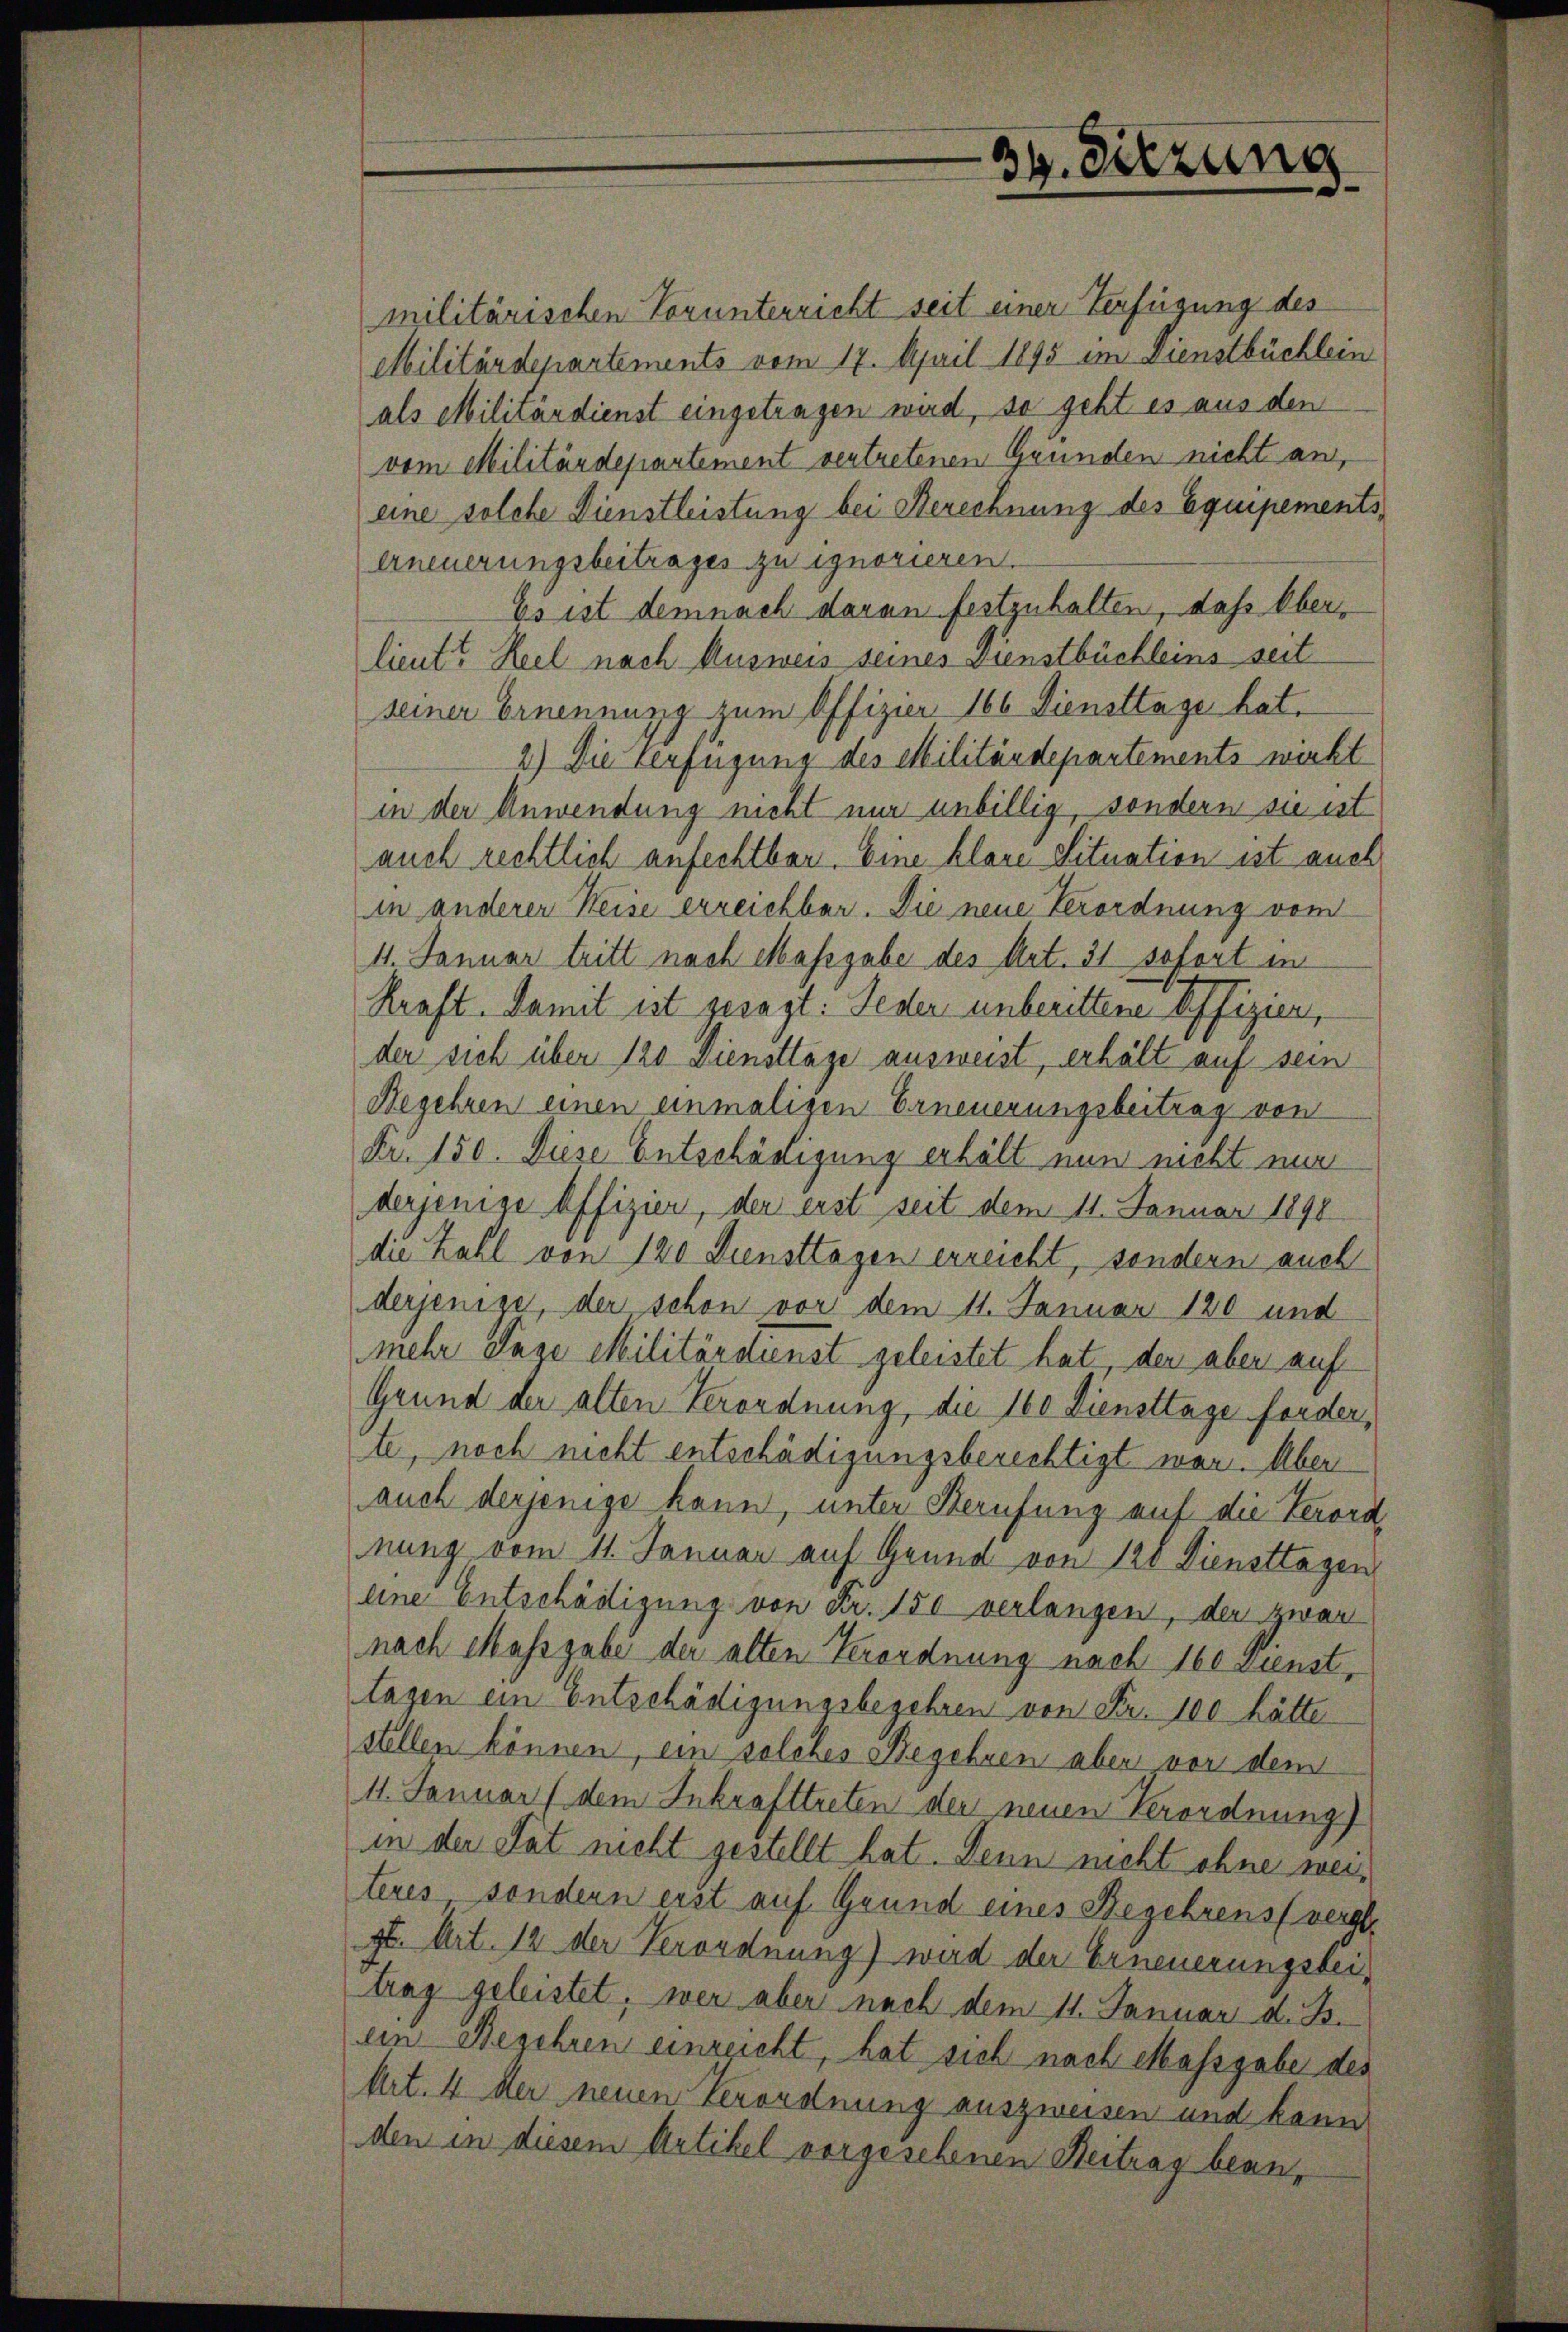
39. Sitzung

militärischen Vorunterricht seit einer Verfügung des
Militärdepartements vom 17. April 1895 im Dienstbüchlein
als Militärdienst eingetragen wird, so geht es aus den
vom Militärdepartement vertretenen Grunden nicht an,
eine solche Dienstleistung bei Berechnung des Equipements¬
Erneuerungsbeitrages zu ignorieren.
Es ist demnach daran festzuhalten, daß Oberlieut. Keel nach Ausweis seines Dienstbüchleins seit
seiner Ernennung zum Offizier 166 Diensttage hat.
2.) Die Verfügung des Militärdepartements wirkt
in der Anwendung nicht nur unbillig, sondern sie ist
auch rechtlich anfechtbar. Eine klare Situation ist auch
in anderer Heise erreichbar. Die neue Verordnung vom
4. Januar tritt nach Massgabe des Art. 31. sofort in
Kraft. Damit ist gesagt: Jeder unberittenen eigen,
der sich über 120 Dienstlage ausweist, erhält auf sein
Begehren einen einmaligen Erneuerungsbeitrag von
Fr. 150. Diese Entschädigung erhält nun nicht nur
derjenige Offizier, der erst seit dem 11. Januar 1890
die Zahl von 120 Diensttagen erreicht, sondern auch
derjenige, der schon vor dem 11. Januar 180 und
mehr Tage Militärstienst geleistet hat, der aber auf
Grund der alten Verordnung, die 160 Diensttage forder,
te, noch nicht entschädigungsberechtigt war. Über
auch derjenige kann, unter Berufung auf die Verordnung vom 11. Januar auf Grund von 128 Diensttagen
eine Entschädigung von Fr. 150 verlangen, der zwar
nach Massgabe der alten Verordnung nach 160 dienst,
tagen ein Entschädigungsbegehren von Fr. 100 hätte
stellen können, ein solches Begehren aber vor dem
11. Januar (dem Inkrafttreten der neuen Verordnung)
in der Tat nicht gestellt hat. Denn nicht ohne weiteres, sondern erst auf Grund eines Begehrens verst
gt. Art. 12 der Verordnung) wird der Erneuerungsbeitrag geleistet, wer aber nach dem 11. Januar d. B.
ein Begehren einreicht, hat sich nach Massgabe des
Art. 4 der neuen Verordnung auszweisen und kann
den in diesem Artikel vorgesehenen Beitrag bean¬